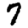
Digit: 7